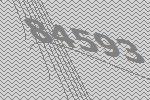
84593